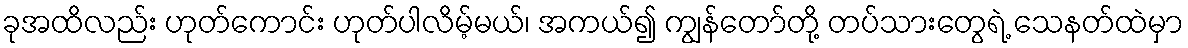
ခုအထိလည်း ဟုတ်ကောင်း ဟုတ်ပါလိမ့်မယ်၊ အကယ်၍ ကျွန်တော်တို့ တပ်သားတွေရဲ့ သေနတ်ထဲမှာ